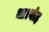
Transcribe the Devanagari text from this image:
था।वोह